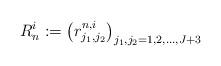
LaTeX: \begin{align*} R_n^i := \left( r^{n,i}_{j_1,j_2} \right)_{j_1,j_2=1,2,\ldots,J+3} \end{align*}